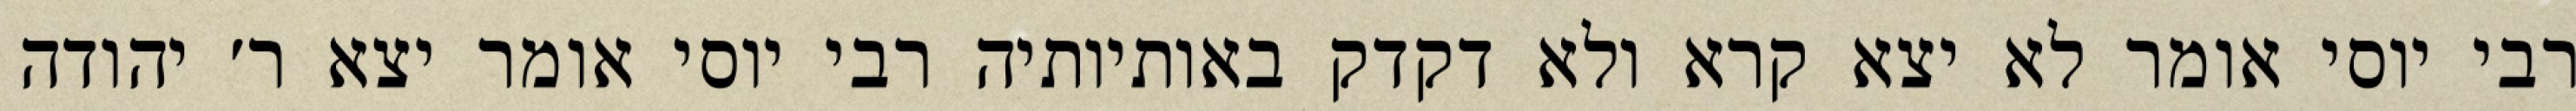
רבי יוסי אומר לא יצא קרא ולא דקדק באותיותיה רבי יוסי אומר יצא ר׳ יהודה